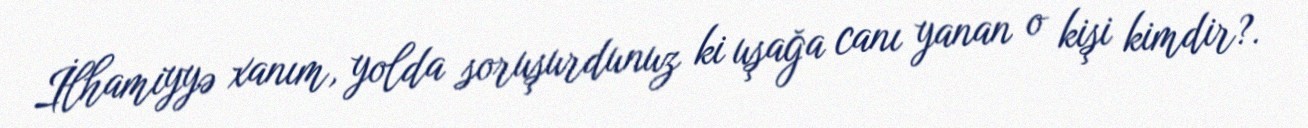
İlhamiyyə xanım, yolda soruşurdunuz ki uşağa canı yanan o kişi kimdir?.